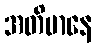
အတိမာနေ